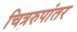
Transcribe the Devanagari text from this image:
चित्ररुपांतर